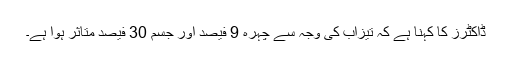
ڈاکٹرز کا کہنا ہے کہ تیزاب کی وجہ سے چہرہ 9 فیصد اور جسم 30 فیصد متاثر ہوا ہے۔